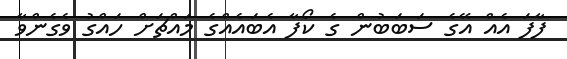
ފާފަ އެއް އޭގެ ސަބަބުން ގެ ކޯފާ އެބައެއްގެ މައްޗަށް ހައްގު ވެގެންވާ